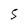
Character: 5